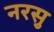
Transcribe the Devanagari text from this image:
नरसु